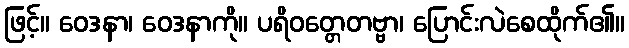
ဖြင့်။ ဝေဒနာ၊ ဝေဒနာကို။ ပရိဝတ္တေတဗ္ဗာ၊ ပြောင်းလဲစေထိုက်၏။